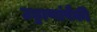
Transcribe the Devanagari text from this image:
उड्डाणांपैकी